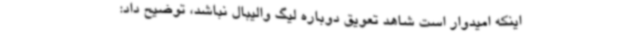
اینکه امیدوار است شاهد تعویق دوباره لیگ والیبال نباشد، توضیح داد: